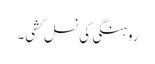
روہنگی کی نسل کشی۔